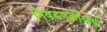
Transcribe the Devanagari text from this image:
निवडणूकीआधी